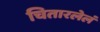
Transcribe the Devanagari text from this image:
चितारलेलं